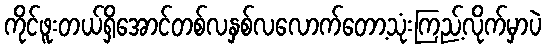
ကိုင်ဖူးတယ်ရှိအောင်တစ်လနှစ်လလောက်တော့သုံးကြည့်လိုက်မှာပဲ